Lunatic asylums Burma 1922-24 - 1922-1924
Year: 1922
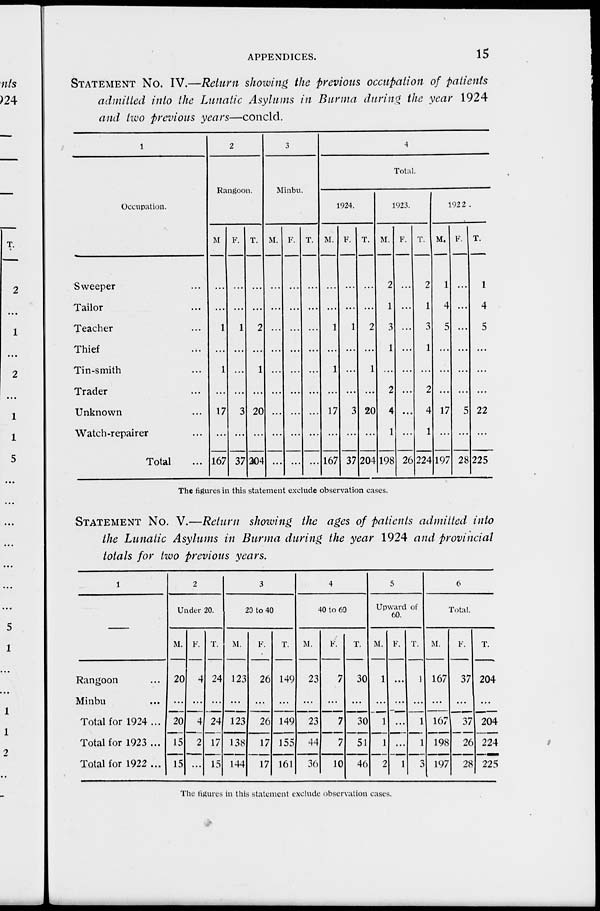
APPENDICES.
15
STATEMENT No. IV.—Return showing the previous occupation of patients
admitted into the Lunatic Asylums in Burma during the year 1924
and two previous years—concld.
1
Occupation.
Sweeper ...
Tailor ...
Teacher ...
Thief ...
Tin-smith ...
Trader ...
Unknown ...
Watch-repairer ...
Total ...
2
Rangoon.
M
...
...
1
...
1
...
17
...
167
F.
...
...
1
...
...
...
3
...
37
T.
...
...
2
...
1
...
20
...
204
3
Minbu.
M.
...
...
...
...
...
...
...
...
...
F.
...
...
...
...
...
...
...
...
...
T.
...
...
...
...
...
...
...
...
...
4
Total.
1924.
M.
...
...
1
...
1
...
17
...
167
F.
...
...
1
...
...
...
3
...
37
T.
...
...
2
...
1
...
20
...
204
1923.
M.
2
1
3
1
...
2
4
1
198
F.
...
...
...
...
...
...
...
...
26
T.
2
1
3
1
...
2
4
1
224
1922.
M.
1
4
5
...
...
...
17
...
197
F.
...
...
...
...
...
...
5
...
28
T.
1
4
5
...
...
...
22
...
225
The figures in this statement exclude observation cases.
STATEMENT No. V.—Return showing the ages of patients admitted into
the Lunatic Asylums in Burma during the year 1924 and provincial
totals for two previous years.
1
Rangoon ...
Minbu ...
Total for 1924 ...
Total for 1923 ...
Total for 1922 ...
2
Under 20.
M.
20
...
20
15
15
F.
4
...
4
2
...
T.
24
...
24
17
15
3
20 to 40
M.
123
...
123
138
144
F.
26
...
26
17
17
T.
149
...
149
155
161
4
40 to 60
M.
23
...
23
44
36
F.
7
...
7
7
10
T.
30
...
30
51
46
5
Upward of
60.
M.
1
1
1
2
F.
...
...
...
...
1
T.
1
...
1
1
3
6
Total.
M.
167
...
167
198
197
F.
37
...
37
26
28
T.
204
...
204
224
225
The figures in this statement exclude observation cases.